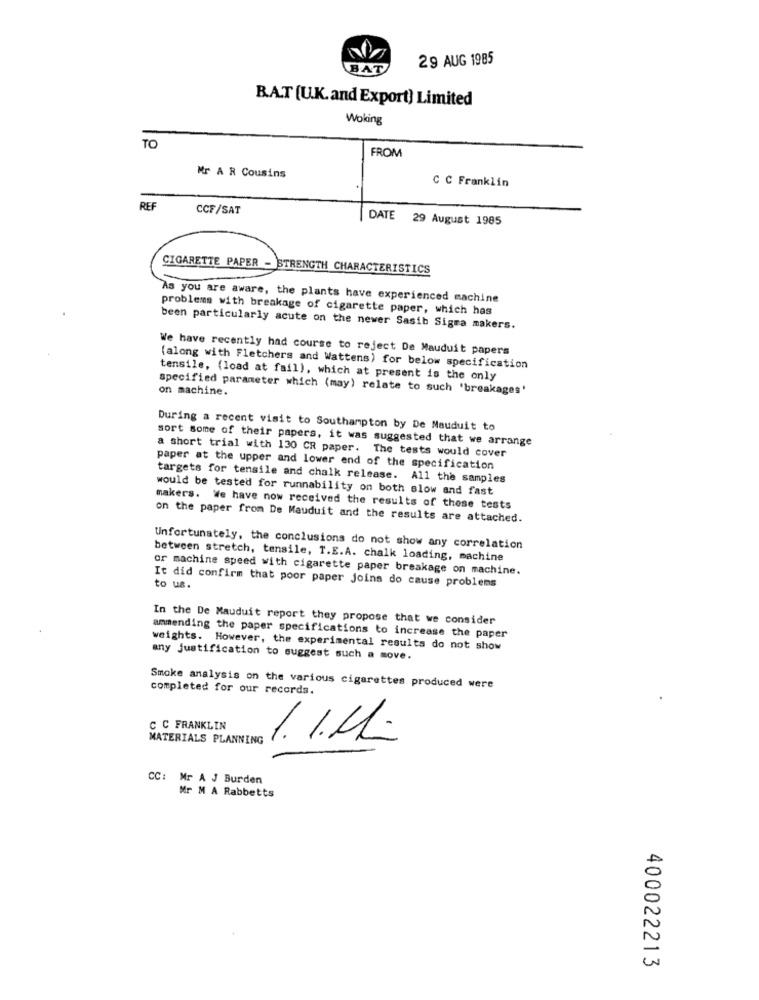
29 AUG 1985
BAT
B.A.T [U.K.and Export) Limited
Woking
TO
FROM
Mr A R Cousins
C C Franklin
REF
CCF/SAT
DATE 29 August 1985
CIGARETTE PAPER - STRENGTH CHARACTERISTICS
As you are aware, the plants have experienced machine
problems with breakage of cigarette paper, which has
been particularly acute on the newer Sasib Sigra makers.
We have recently had course to reject De Mauduit papers
(along with Fletchers and Wattens) for below specification
tensile, (load at fail), which at present is the only
specified parameter which (may) relate to such 'breakages'
on machine.
During a recent visit to Southampton by De Mauduit to
sort some of their papers, it was suggested that we arrange
a short trial with 130 CR paper. The tests would cover
paper at the upper and lower end of the specification
targets for tensile and chalk release. All the samples
would be tested for runnability on both slow and fast
makers. We have now received the results of these tests
on the paper from De Mauduit and the results are attached.
Unfortunately, the conclusions do not show any correlation
between stretch, tensile, T.E.A. chalk loading, machine
or machine speed with cigarette paper breakage on machine.
It did confirm that poor paper joins do cause problems
to us.
In the De Mauduit report they propose that we consider
ammending the paper specifications to increase the paper
weights. However, the experimental results do not show
any justification to suggest such a move.
Smoke analysis on the various cigarettes produced were
completed for our records.
C C FRANKLIN
MATERIALS PLANNING
1. I.M.
CC: Mr A J Burden
Mr M A Rabbetts
400022213